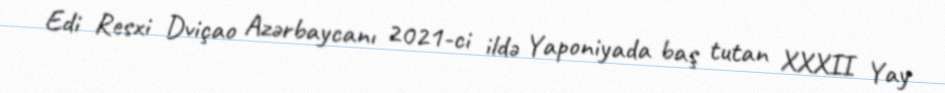
Edi Resxi Dviçao Azərbaycanı 2021-ci ildə Yaponiyada baş tutan XXXII Yay